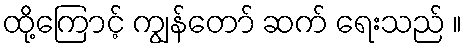
ထို့ကြောင့် ကျွန်တော် ဆက် ရေးသည် ။